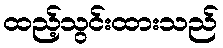
ထည့်သွင်းထားသည်